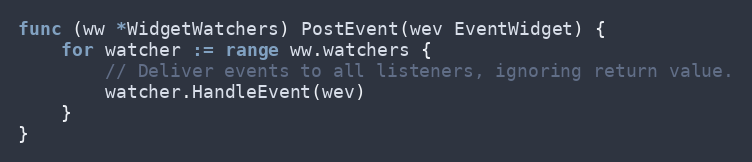
Language: Go
func (ww *WidgetWatchers) PostEvent(wev EventWidget) {
	for watcher := range ww.watchers {
		// Deliver events to all listeners, ignoring return value.
		watcher.HandleEvent(wev)
	}
}